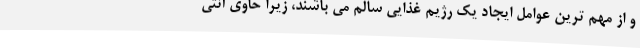
و از مهم ترین عوامل ایجاد یک رژیم غذایی سالم می باشند، زیرا حاوی آنتی